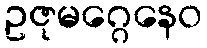
ဥဇုမဂ္ဂေနေဝ